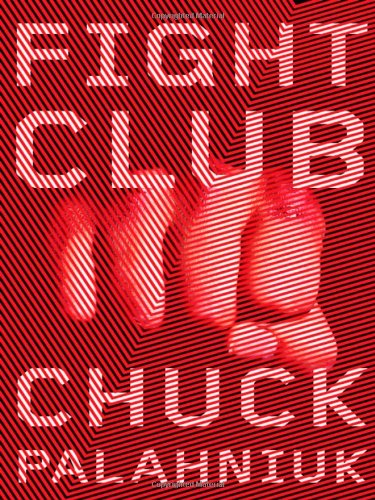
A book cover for Fight Club: A Novel; Chuck Palahniuk; Mystery, Thriller & Suspense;